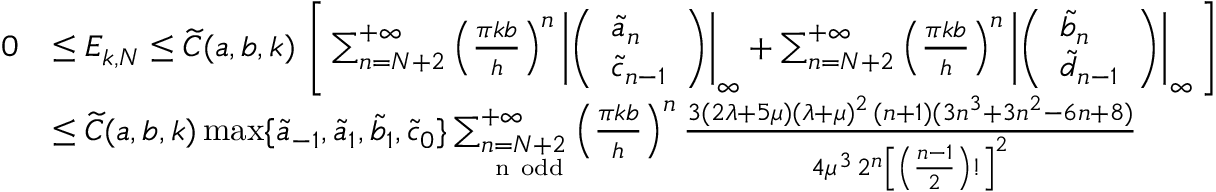
\begin{array} { r l } { 0 } & { \le E _ { k , N } \le \widetilde C ( a , b , k ) \, \left[ \, \sum _ { n = N + 2 } ^ { + \infty } \left( \frac { \pi k b } { h } \right) ^ { n } \left| \left( \begin{array} { l } { \widetilde a _ { n } } \\ { \widetilde c _ { n - 1 } } \end{array} \right) \right| _ { \infty } + \sum _ { n = N + 2 } ^ { + \infty } \left( \frac { \pi k b } { h } \right) ^ { n } \left| \left( \begin{array} { l } { \widetilde b _ { n } } \\ { \widetilde d _ { n - 1 } } \end{array} \right) \right| _ { \infty } \, \right] } \\ & { \le \widetilde C ( a , b , k ) \operatorname* { m a x } \{ \widetilde a _ { - 1 } , \widetilde a _ { 1 } , \widetilde b _ { 1 } , \widetilde c _ { 0 } \} \sum _ { \underset { \mathrm { ~ n ~ o d d } } { n = N + 2 } } ^ { + \infty } \left( \frac { \pi k b } { h } \right) ^ { n } \frac { 3 ( 2 \lambda + 5 \mu ) ( \lambda + \mu ) ^ { 2 } \, ( n + 1 ) ( 3 n ^ { 3 } + 3 n ^ { 2 } - 6 n + 8 ) } { 4 \mu ^ { 3 } \, 2 ^ { n } \left[ \left( \frac { n - 1 } { 2 } \right) ! \right] ^ { 2 } } } \end{array}